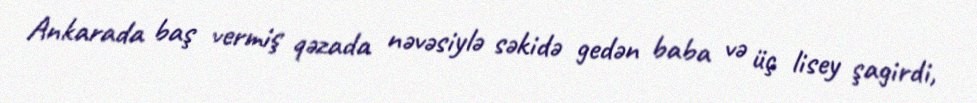
Ankarada baş vermiş qəzada nəvəsiylə səkidə gedən baba və üç lisey şagirdi,